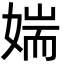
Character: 媏